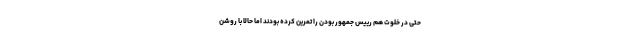
حتی در خلوت هم رییس جمهور بودن را تمرین کرده بودند اما حالا با روشن